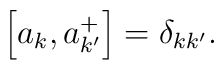
\left[ a_{k},a_{k^{\prime }}^{+}\right] =\delta _{k k^{\prime }}.